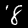
Label: 8